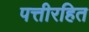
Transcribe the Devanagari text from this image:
पत्तीरहित